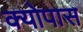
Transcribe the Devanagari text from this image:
क्योपास